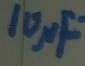
Text: 10µF